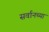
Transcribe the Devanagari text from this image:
सर्वानच्या